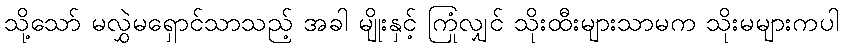
သို့သော် မလွှဲမရှောင်သာသည့် အခါ မျိုးနှင့် ကြုံလျှင် သိုးထီးများသာမက သိုးမများကပါ